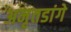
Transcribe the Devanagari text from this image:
अमृतडांगे